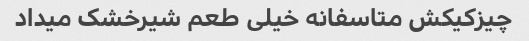
چیزکیکش متاسفانه خیلی طعم شیرخشک میداد